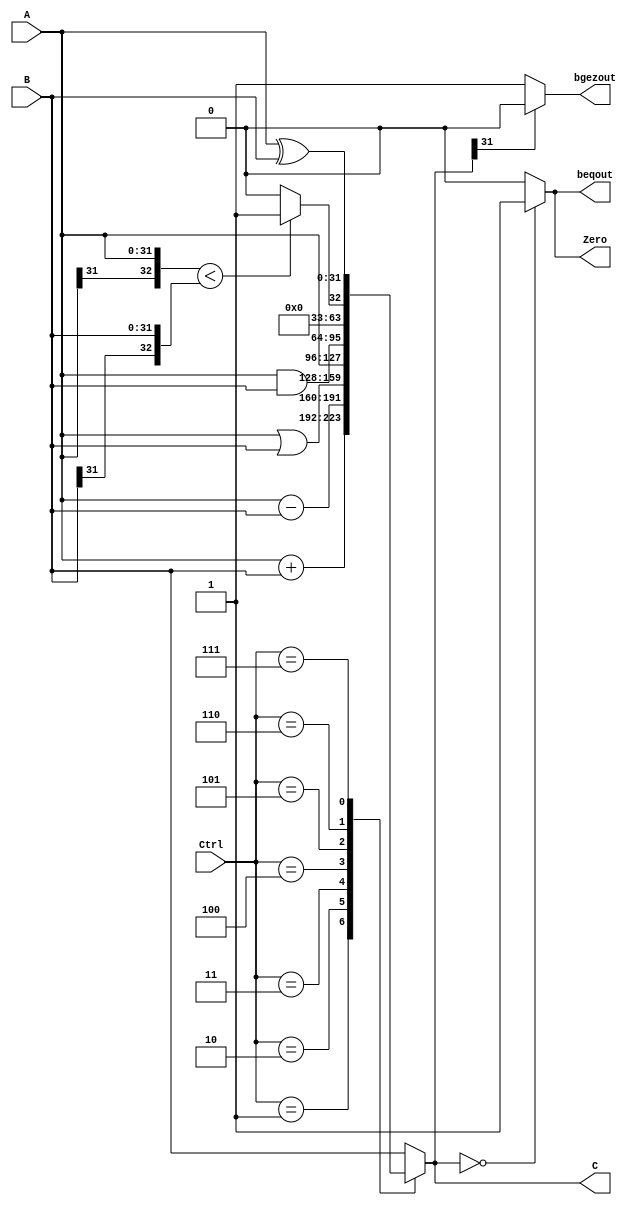
module ALu( A, B, Ctrl, C, Zero, beqout,bgezout );
    /*            IO ports          */
    input   [31:0]          A;                  // the 1st input data
    input   [31:0]          B;                  // the 2nd input data
    input   [4:0]           Ctrl;               // function code
    output  [31:0]          C;                  // calculation result 
    output                  Zero;   
    output 					beqout;            // 0 indicator
    output                  bgezout;
    /* internal registers and wires   */
    reg     [32:0]          tmp_arith ;         // result of arithmetic and logic operations
    
    //
    assign  C           = tmp_arith[31:0] ;
    assign  Zero        = (tmp_arith[31:0]==0) ? 1 : 0 ;
    assign  beqout      = (tmp_arith[31:0]==0) ? 1 : 0 ;
    assign  bgezout     = (tmp_arith[31]  ==0) ? 1 : 0 ;
    
    // Note: "default" clause must be used to prevent a latch be synthesized
    always  @( * )
        case (Ctrl)
            //`ALU_ADD      :   tmp_arith   <= {A[31], A} + {B[31], B} ;
          //  `ALU_SUB    :   tmp_arith   <= {A[31], A} - {B[31], B};//immediate need check
           // `ALU_LUI    :   tmp_arith   <= {B[15:0],16'b0};//LUI
            5'b00001      :   tmp_arith   <= {A[31], A} + {B[31], B} ;//add
            5'b00010      :   tmp_arith   <= {A[31], A} - {B[31], B};//sub
			5'b00011	  :   tmp_arith	  <= A|B;
            5'b00100      :   tmp_arith   <= A;
            5'b00101      :   tmp_arith   <= {A[31],A}&{B[31],B};//and
            5'b00110      :   tmp_arith   <= {{A[31],A}<{B[31],B}}?1:0;//slt
            5'b00111      :   tmp_arith   <= {A[31],A}^{B[31],B};//xor
            // more codes needed
            default     :   tmp_arith   <= B ;
        endcase
        
endmodule